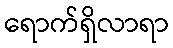
ရောက်ရှိလာရာ